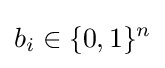
b_{i}\in \{0,1\}^{n}